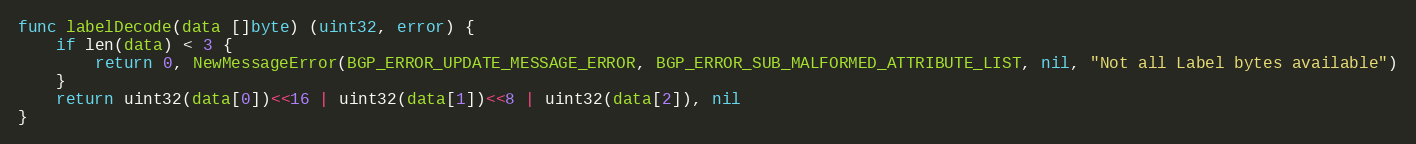
Language: Go
func labelDecode(data []byte) (uint32, error) {
	if len(data) < 3 {
		return 0, NewMessageError(BGP_ERROR_UPDATE_MESSAGE_ERROR, BGP_ERROR_SUB_MALFORMED_ATTRIBUTE_LIST, nil, "Not all Label bytes available")
	}
	return uint32(data[0])<<16 | uint32(data[1])<<8 | uint32(data[2]), nil
}